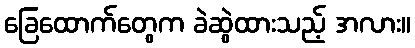
ခြေထောက်တွေက ခဲဆွဲထားသည့် အလား။